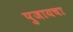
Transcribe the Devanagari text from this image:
पुजायचा